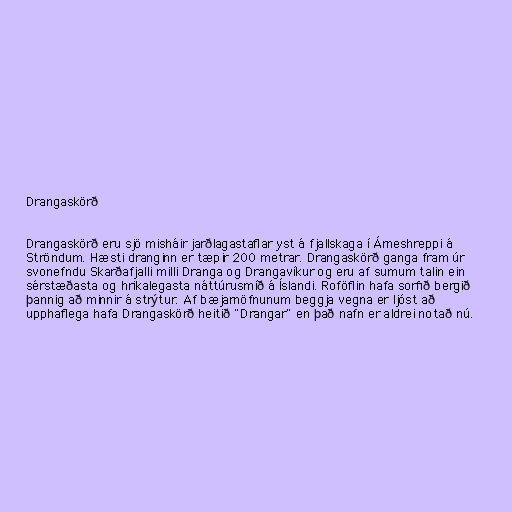
Drangaskörð

Drangaskörð eru sjö misháir jarðlagastaflar yst á fjallskaga í Árneshreppi á
Ströndum. Hæsti dranginn er tæpir 200 metrar. Drangaskörð ganga fram úr
svonefndu Skarðafjalli milli Dranga og Drangavíkur og eru af sumum talin ein
sérstæðasta og hrikalegasta náttúrusmíð á Íslandi. Roföflin hafa sorfið bergið
þannig að minnir á strýtur. Af bæjarnöfnunum beggja vegna er ljóst að
upphaflega hafa Drangaskörð heitið "Drangar" en það nafn er aldrei notað nú.